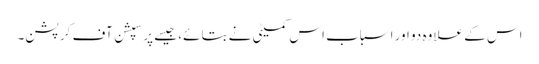
اس کے علاوہ دو اور اسباب اس کمیٹی نے بتائے، جیسے پرسپشن آف کرپشن۔